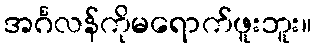
အင်္ဂလန်ကိုမရောက်ဖူးဘူး။